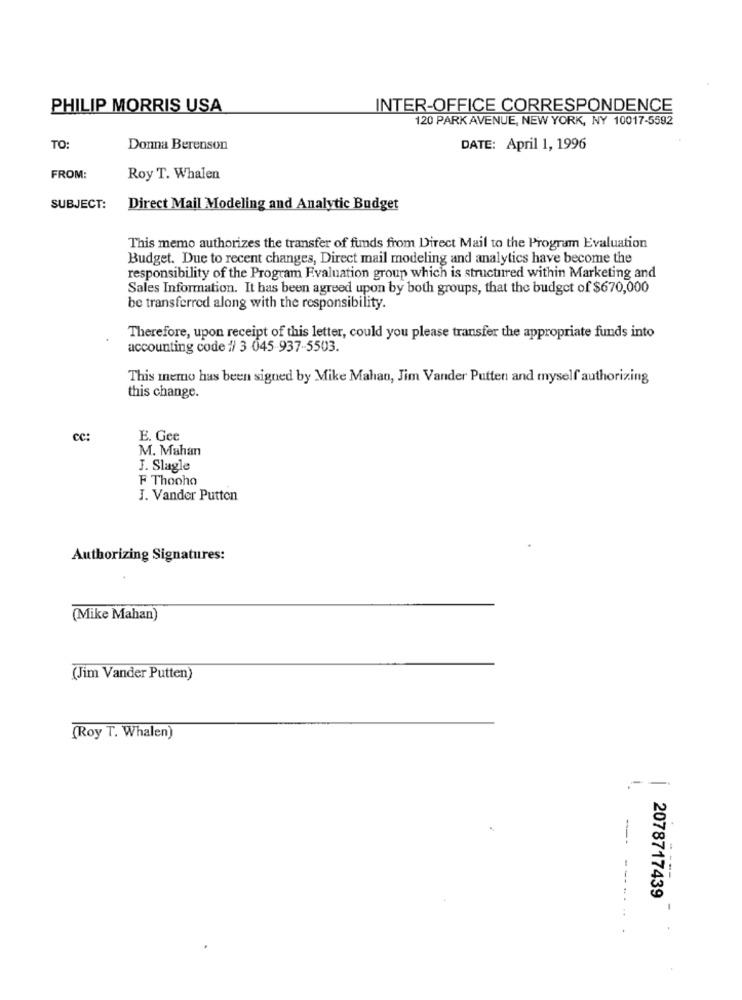
PHILIP MORRIS USA
INTER-OFFICE CORRESPONDENCE
120 PARK AVENUE, NEW YORK, NY 10017-5592
TO:
Donna Berenson
DATE: April 1, 1996
FROM:
Roy T. Whalen
SUBJECT:
Direct Mail Modeling and Analytic Budget
This memo authorizes the transfer of funds from Direct Mail to the Program Evaluation
Budget. Due to recent changes, Direct mail modeling and analytics have become the
responsibility of the Program Evaluation group which is structured within Marketing and
Sales Information. It has been agreed upon by both groups, that the budget of $670,000
be transferred along with the responsibility.
Therefore, upon receipt of this letter, could you please transfer the appropriate funds into
accounting code # 3 045 937-5503.
This memo has been signed by Mike Mahan, Jim Vander Putten and myself authorizing
this change.
cc:
E. Gee
M. Mahan
J. Slagle
F Thooho
J. Vander Putten
Authorizing Signatures:
(Mike Mahan)
(Jim Vander Putten)
(Roy T. Whalen)
--
--
----
2078717439